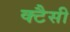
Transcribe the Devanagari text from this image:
क्टैसी